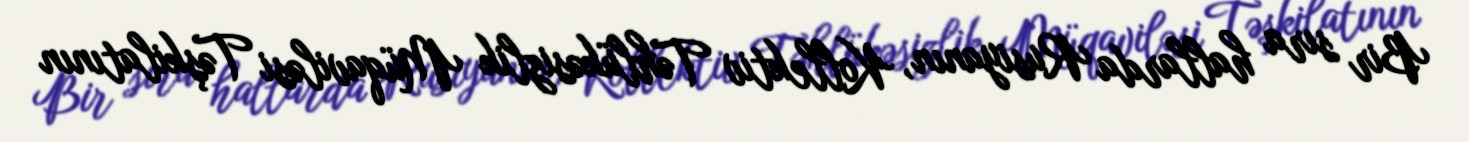
Bir sıra hallarda Rusiyanın, Kollektiv Təhlükəsizlik Müqaviləsi Təşkilatının